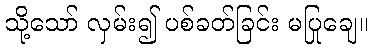
သို့သော် လှမ်း၍ ပစ်ခတ်ခြင်း မပြုချေ။